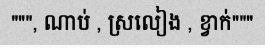
""", ណាប់ , ស្រលៀង , ខ្វាក់"""